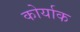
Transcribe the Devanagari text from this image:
कोर्याक